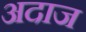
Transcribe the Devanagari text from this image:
अदाज